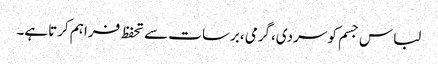
لباس جسم کو سردی،گرمی ،برسات سے تحفظ فراہم کرتاہے۔